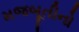
મજબૂતીનો